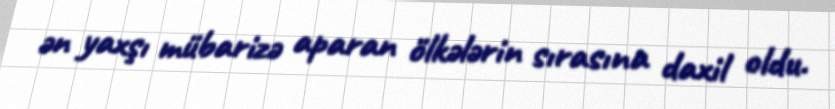
ən yaxşı mübarizə aparan ölkələrin sırasına daxil oldu.